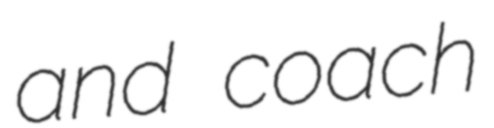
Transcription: and coach